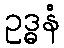
ဥဒ္ဓနံ